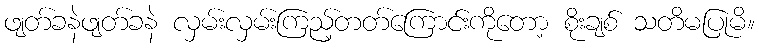
ဖျတ်ခနဲဖျတ်ခနဲ လှမ်းလှမ်းကြည့်တတ်ကြောင်းကိုတော့ စိုးချစ် သတိမပြုမိ။